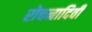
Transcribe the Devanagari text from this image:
रोचनादिवी